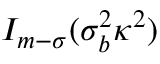
I _ { m - \sigma } ( \sigma _ { b } ^ { 2 } \kappa ^ { 2 } )